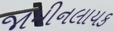
જામીનલાયક